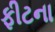
ફીટના